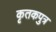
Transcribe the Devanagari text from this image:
कृतकपुत्र